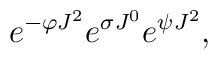
e^{-\varphi J^2} e^{\sigma J^0} e^{\psi J^2},